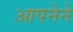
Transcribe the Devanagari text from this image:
आपनेने